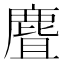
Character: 麆